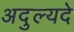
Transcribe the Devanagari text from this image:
अदुल्यदे